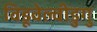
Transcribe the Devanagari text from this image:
विडूवेल्वीडुगु